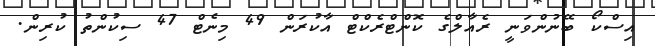
އިސްކޯ ބޭނުންވަނީ ރެއާލްގެ ކޮންޓްރެކްޓް އާކުރަން 49 މިނެޓް 47 ސިކުންތު ކުރިން.